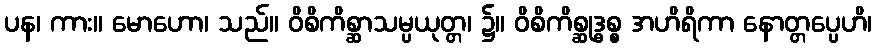
ပန၊ ကား။ မောဟော၊ သည်။ ဝိစိကိစ္ဆာသမ္ပယုတ္တ၊ ၌။ ဝိစိကိစ္ဆုဒ္ဓစ္စ အဟိရိကာ နောတ္တပ္ပေဟိ၊